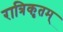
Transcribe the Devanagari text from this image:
रात्रिकृतम्‌